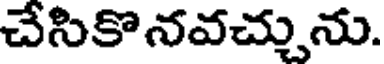
చేసికొనవచ్చును.